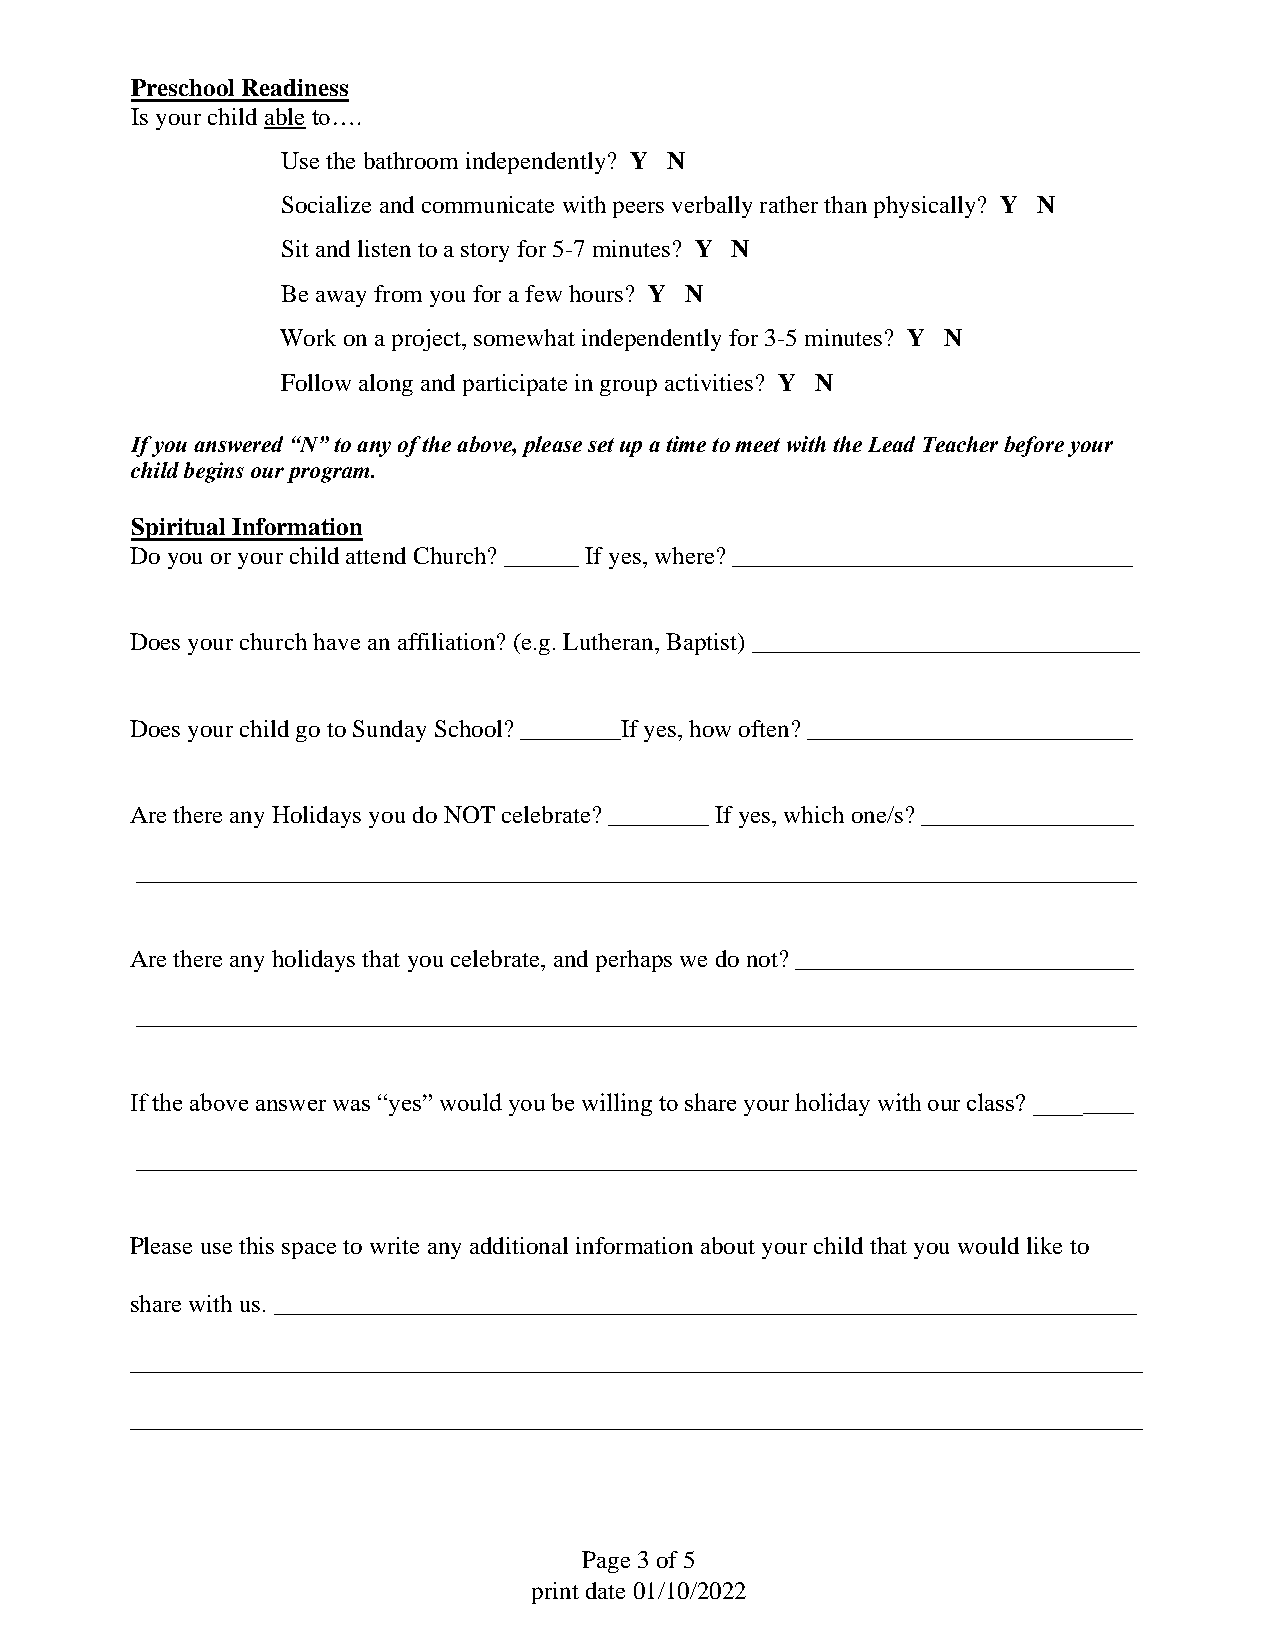
Preschool Readiness
 Is your child able to….
 Use the bathroom independently? Y N
 Socialize and communicate with peers verbally rather than physically? Y N
 Sit and listen to a story for 5-7 minutes? Y N
 Be away from you for a few hours? Y N
 Work on a project, somewhat independently for 3-5 minutes? Y N
 Follow along and participate in group activities? Y N
 If you answered “N” to any of the above, please set up a time to meet with the Lead Teacher before your
 child begins our program.
 Spiritual Information
 Do you or your child attend Church? ______ If yes, where? ________________________________
 Does your church have an affiliation? (e.g. Lutheran, Baptist) _______________________________
 Does your child go to Sunday School? ________If yes, how often? __________________________
 Are there any Holidays you do NOT celebrate? ________ If yes, which one/s? _________________
 ________________________________________________________________________________
 Are there any holidays that you celebrate, and perhaps we do not? ___________________________
 ________________________________________________________________________________
 If the above answer was “yes” would you be willing to share your holiday with our class? ________
 ________________________________________________________________________________
 Please use this space to write any additional information about your child that you would like to
 share with us. _____________________________________________________________________
 _________________________________________________________________________________
 _________________________________________________________________________________
 Page 3 of 5
 print date 01/10/2022